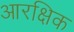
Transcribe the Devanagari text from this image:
आरक्षिक